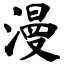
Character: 漫